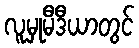
လူမှုမီဒီယာတွင်